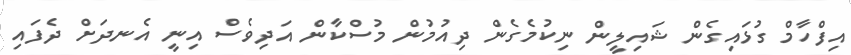
އިފްހާމް ގުޅައިގެން ޝައިލީން ނިކުމެގެން ދިއުމުން މުސްކާން އަދިވެސް އިނީ އެނދަށް ދެފައި